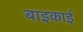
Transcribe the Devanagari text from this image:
बाइकाई